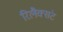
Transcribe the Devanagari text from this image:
रिलैक्संट